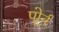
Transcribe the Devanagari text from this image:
पोर्र्न